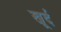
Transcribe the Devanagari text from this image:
खूर्द